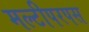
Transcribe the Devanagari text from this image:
मल्टीपरपस